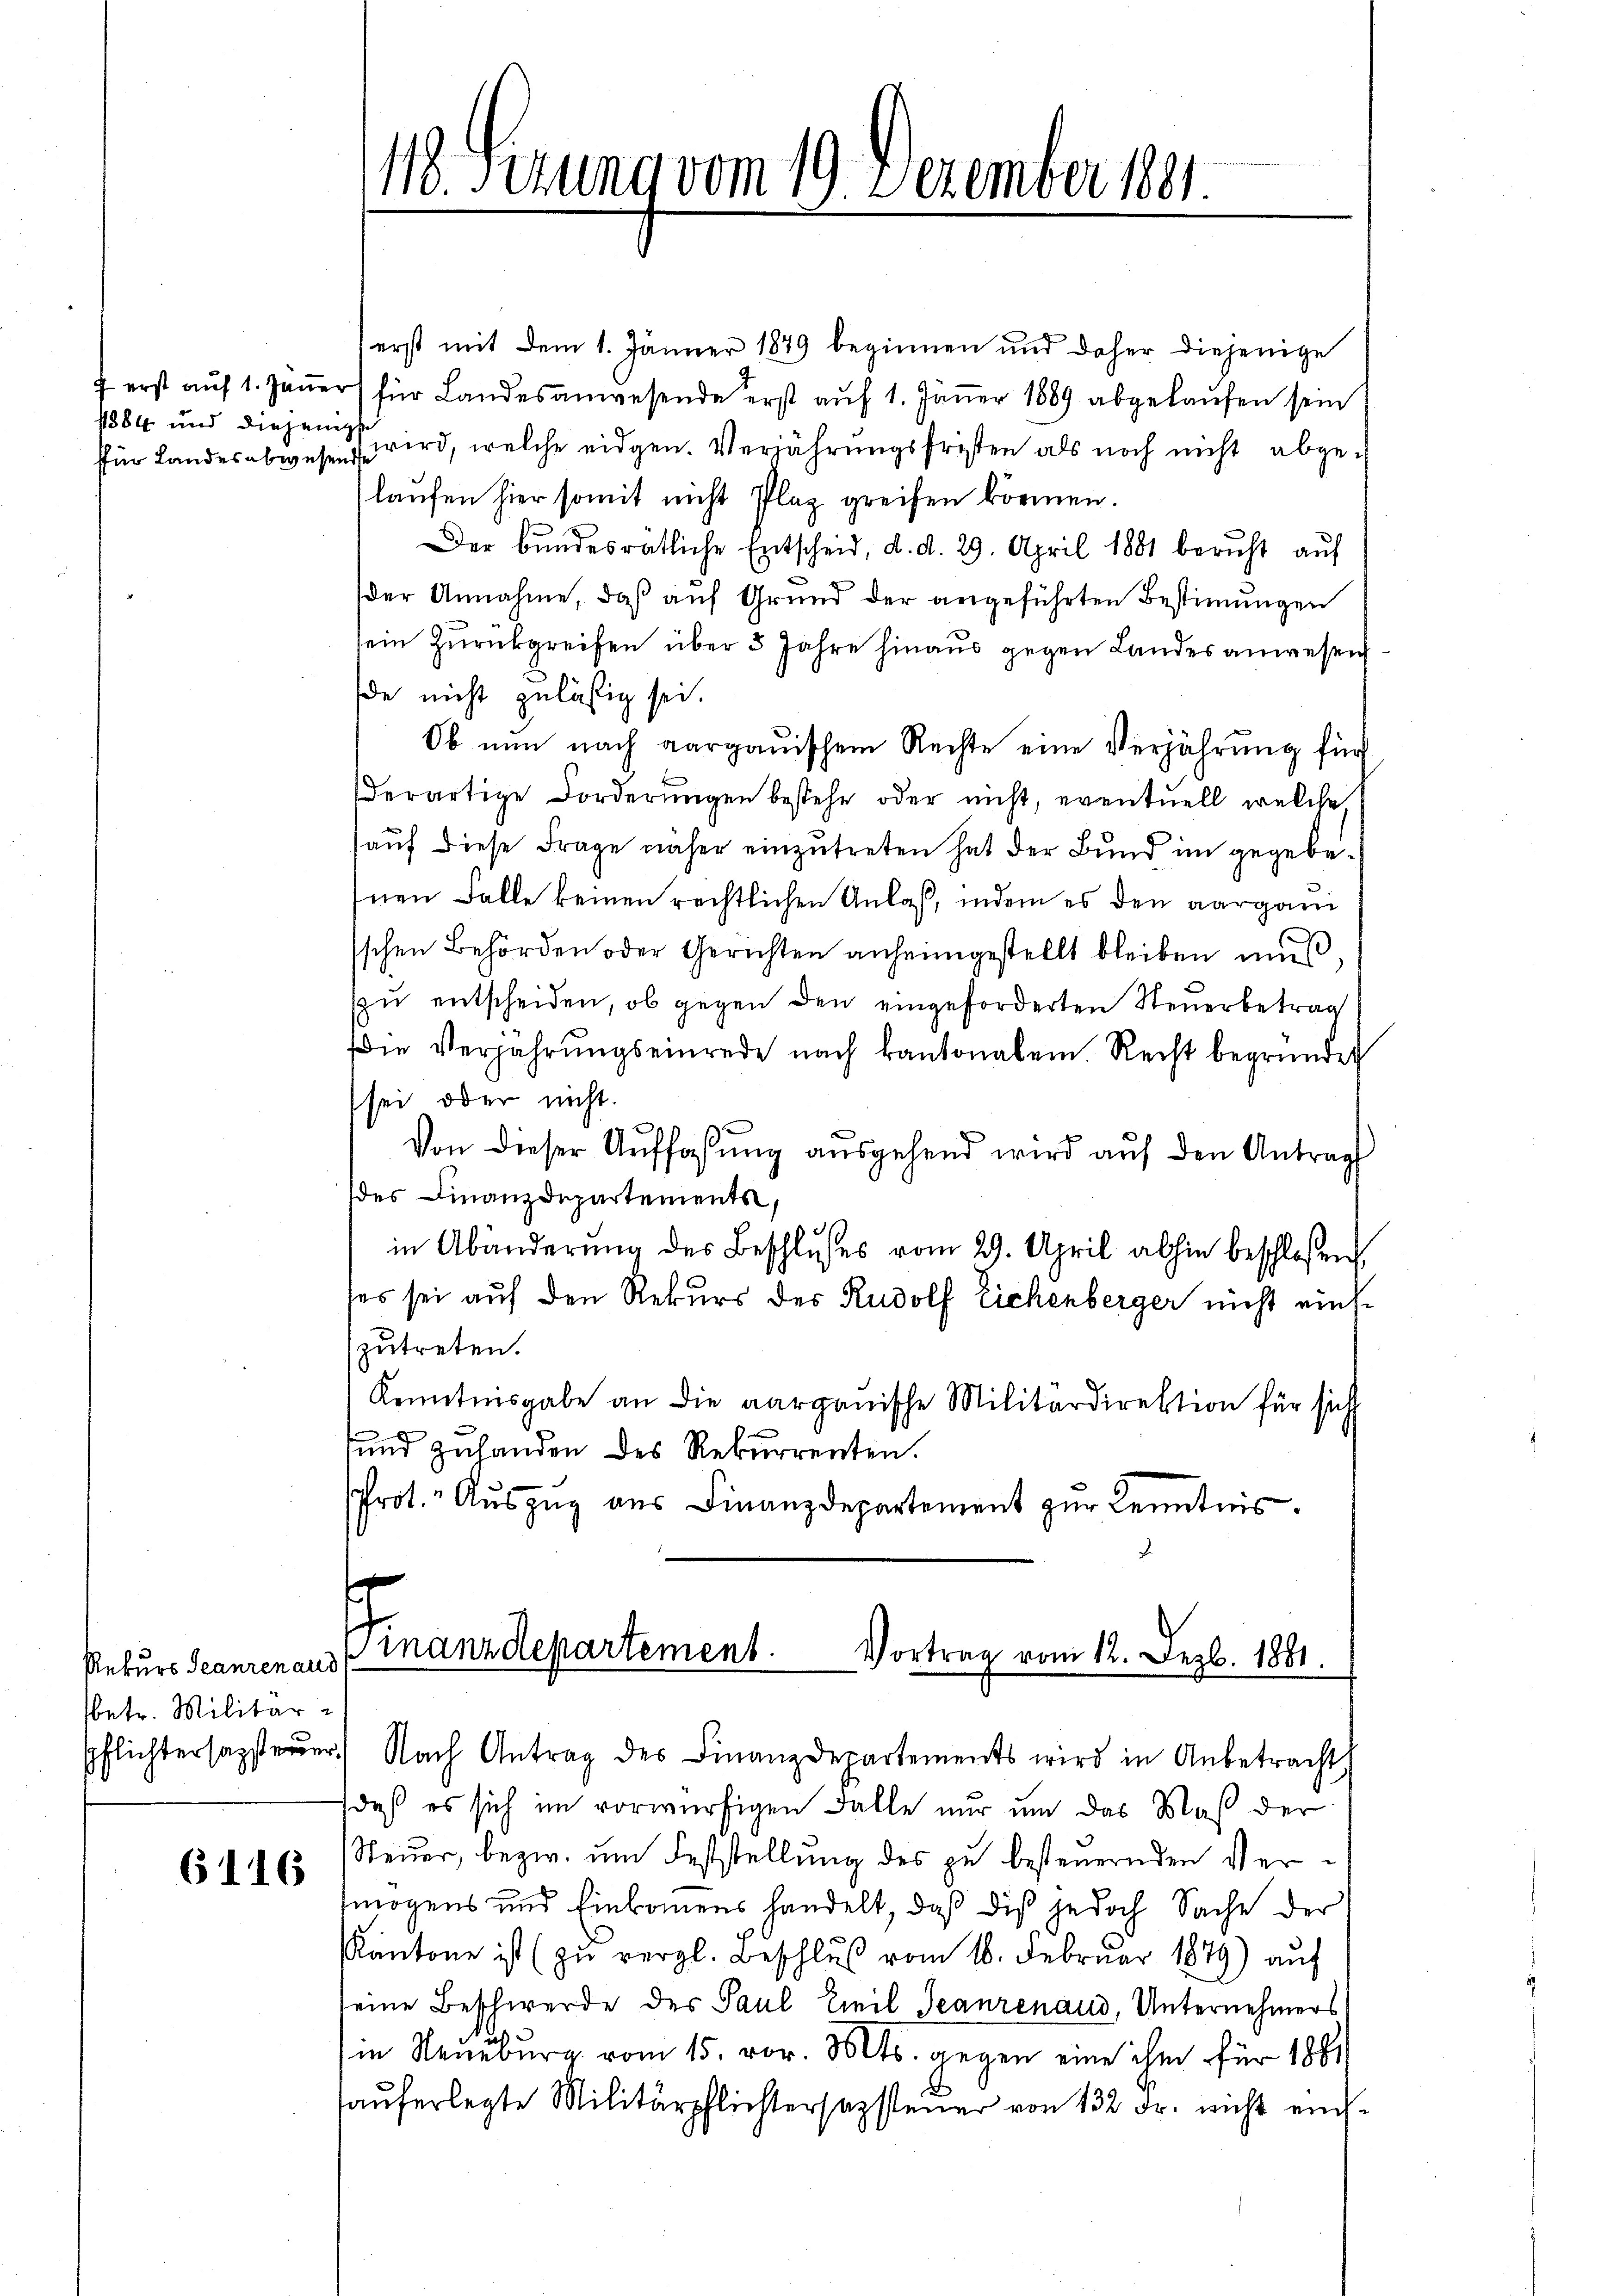
ffür Landesabwesende

Rekurs Jeanzen aus
betr. Militär

6116

118. Sizung vom 19. Dezember 1881.

erst mit dem 1. Jänner 1879 beginnen und daher diejenige
f erst aŭf 1. Jaṅer für Landesanwesende erst aŭf 1. Jäṅer 1889 abgelaŭfen sein
1884 und diesem wird, welche eidgen. Verjährungsfristen als noch nicht abgelaufen hier somit nicht Plaz greifen können.
Der bundesrätliche Entscheid, d. d. 29. April 1881 beruht auf
der Annahme, daß auf Grund der angeführten Bestimmungen
sein Zurückgreifen über 5 Jahre hinaus gegen Landes anwesen
de nicht zulässig sei.
Ob nun nach aargauischem Rechte eine Verjährung für
derartige Forderungen bestehe oder nicht, eventuell, welche,
auf diese Frage näher einzutreten hat der Bund im gegebe¬
Inen Falle keinen rechtlichen Anlaß, indem es den aargaui
sschen Behörden oder Gerichten anheimgestellt bleiben mŭβ,
zu entscheiden, ob gegen den eingeforderten Steuerbetrag
ie Verjährŭngseinrede nach kantonalem. Recht begründet
sei oder nicht.
Von dieser Auffassung ausgehend wird auf den Antrag
des Finanzdepartements,
in Abänderung des Beschlußes vom 29. April abhin beschloßen
ses sei auf den Rekurs des Rudolf Eichenberger nicht einszutreten.
Kenntnisgabe an die aargauische Militärdirektion für sich
und zulanden des Rekurrenten.
Prot. Auszug aus Finanzdepartement zur Kenntnis.

Pflichtersagsteŭer) Nach Antrag des Finanzdepartements wird in Anbetracht
daß es sich im vorwürfigen Falle nur um das Maß der
Steŭer, bezw. ŭm Feststellung des zu besteuernden Vermögens und Einkomens handelt, daß diß jedoch Sache der
KKantone ist (zŭ vergl. Beschlŭβ vom 16. Februar 1879) aŭf
seine Beschwerde des Paul Teil Teanrenaud, Unternehmers
in Neuburg vom 15. vor. 30 Cts. gegen eine ihm für 1861
aŭferlegte Militärpflichtersazsteuer von 132 Fr. nicht end¬

Finanzdepartement. Vortrag vom 12. Dez. 1881.